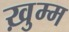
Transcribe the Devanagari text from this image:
ख़ुम्म